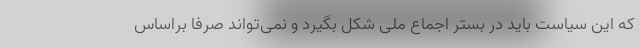
که این سیاست باید در بستر اجماع ملی شکل بگیرد و نمی‌تواند صرفا براساس